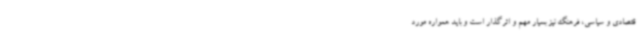
قتصادی و سیاسی، فرهنگ نیز بسیار مهم و اثرگذار است و باید همواره مورد